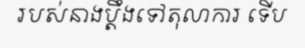
របស់នាងប្តឹងទៅតុលាការ ទើប